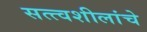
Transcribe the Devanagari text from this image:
सत्त्वशीलांचे